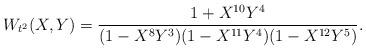
LaTeX: \begin{align*} W_{t^2}(X,Y) = \frac{1+X^{10} Y^{4}}{(1-X^{8}Y^3)(1-X^{11}Y^4)(1-X^{12}Y^5)}. \end{align*}